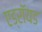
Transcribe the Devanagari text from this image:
एड्रॉयड